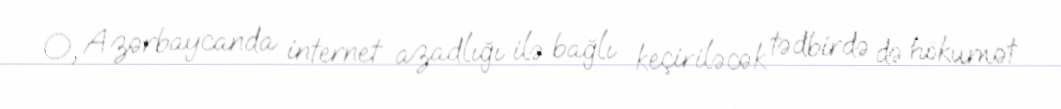
O, Azərbaycanda internet azadlığı ilə bağlı keçiriləcək tədbirdə də hökumət